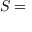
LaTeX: { \boldsymbol { S } } =